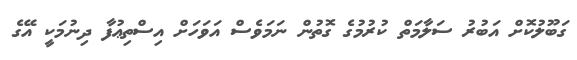
ގަބޫލުކޮށް އަބުރު ސަލާމަތް ކުރުމުގެ ގޮތުން ނަމަވެސް އަވަހަށް އިސްތިޢުފާ ދިނުމަކީ އޭގެ